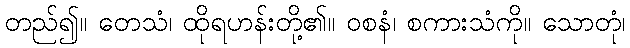
တည်၍။ တေသံ၊ ထိုရဟန်းတို့၏။ ဝစနံ၊ စကားသံကို။ သောတုံ၊